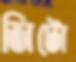
জিটো